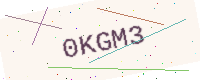
Text: 0KGM3